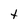
Character: t